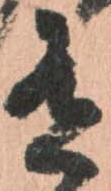
有